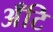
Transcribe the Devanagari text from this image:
अँटि